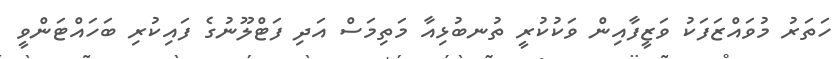
ހަތަަރު މުވައްޒަފަކު ވަޒީފާއިން ވަކުކުރީ ތުނބުޅިއާ މަތިމަސް އަދި ފަޓްލޫނުގެ ފައިކުރި ބަހައްޓަންވީ